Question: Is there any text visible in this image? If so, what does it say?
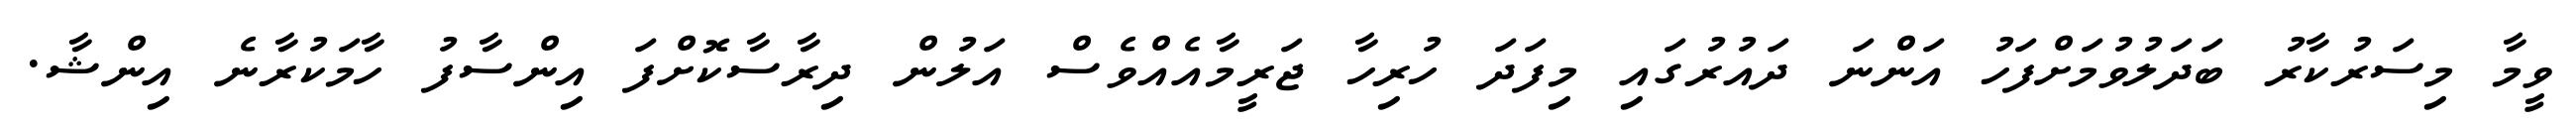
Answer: ވީމާ މިސަރުކާރު ބަދަލުވުމަށްފަހު އަންނަ ދައުރުގައި މިފަދަ ހުރިހާ ޖަރީމާއެއްވެސް އަލުން ދިރާސާކޮށްފަ އިންސާފު ހާމަކުރާނެ އިންޝާ.